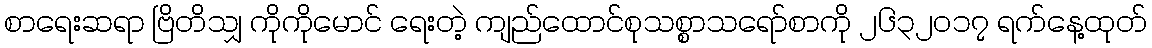
စာရေးဆရာ ဗြိတိသျှ ကိုကိုမောင် ရေးတဲ့ ကျည်ထောင်စုသစ္စာသရော်စာကို ၂၆၃၂ဝ၁၇ ရက်နေ့ထုတ်